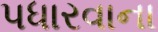
પધારવાના